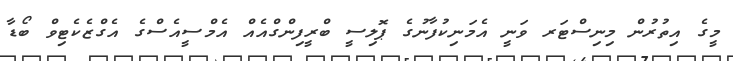
މީގެ އިތުރުން މިނިސްޓަރ ވަނީ އެމަނިކުފާނުގެ ޕޮލިސީ ބްރީފިންގްއެއް އެމްސީއެސްގެ އެގްޒެކެޓިވް ބޯޑާ